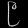
Digit: ၉